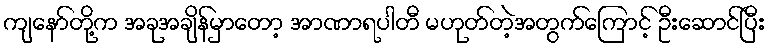
ကျနော်တို့က အခုအချိန်မှာတော့ အာဏာရပါတီ မဟုတ်တဲ့အတွက်ကြောင့် ဦးဆောင်ပြီး